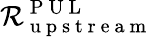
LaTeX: \mathcal{R}_{\mathrm{{~u~p~s~t~r~e~a~m~}}}^{\mathrm{{~P~U~L~}}}